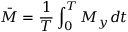
\bar { M } = \frac { 1 } { T } \int _ { 0 } ^ { T } M _ { y } d t